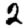
Digit: 2